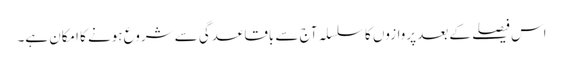
اس فیصلے کے بعد پروازوں کا سلسلہ آج سے باقاعدگی سے شروع ہونے کا امکان ہے۔